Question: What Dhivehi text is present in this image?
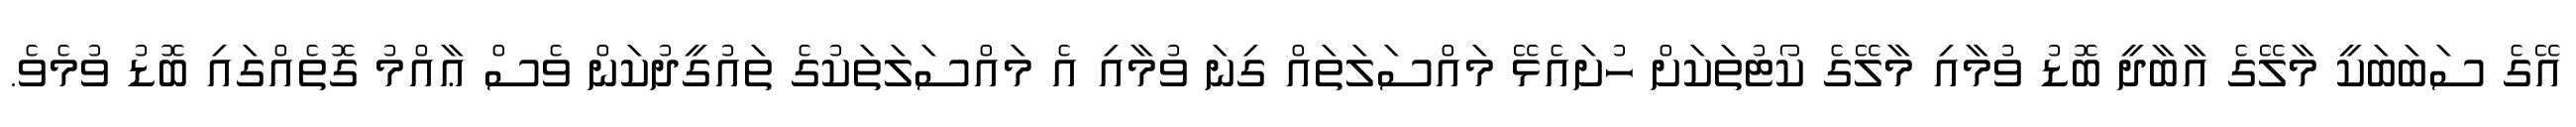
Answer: އޭގެ ސަބަބަކީ މާލޭގެ އާބާދީ ބޮޑު ވުމާއި މާލޭގެ ކޯޓުތަކަށް ހުށައެޅޭ މައްސަލަތައް ގިނަ ވުމާއި އެ މައްސަލަތަކުގެ ތައުގީދުކަން ވެސް ޢާއްމު ގޮތެއްގައި ބޮޑު ވުމެވެ.